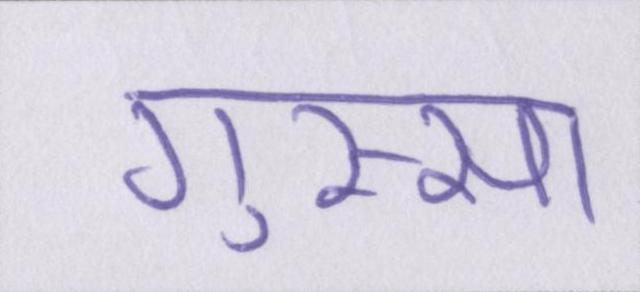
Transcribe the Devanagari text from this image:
गुस्सा